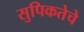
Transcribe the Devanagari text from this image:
सुपिकतेचे